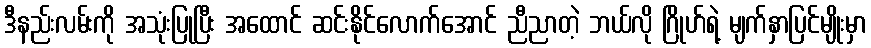
ဒီနည်းလမ်းကို အသုံးပြုပြီး အထောင် ဆင်းနိုင်လောက်အောင် ညီညာတဲ့ ဘယ်လို ဂြိုဟ်ရဲ့ မျက်နှာပြင်မျိုးမှာ